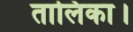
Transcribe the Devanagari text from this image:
तालिका।